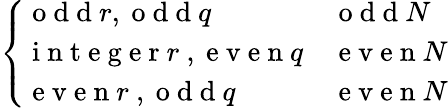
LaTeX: \begin{array}{r}{\left\{ \begin{array}{ll}{\mathrm{~o~d~d~}r,\mathrm{~o~d~d~}q}&{\mathrm{~o~d~d~}N}\\ {\mathrm{~i~n~t~e~g~e~r~}r\mathrm{~,~e~v~e~n~}q}&{\mathrm{~e~v~e~n~}N}\\ {\mathrm{~e~v~e~n~}r\mathrm{~,~o~d~d~}q}&{\mathrm{~e~v~e~n~}N}\end{array}\right.}\end{array}